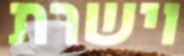
וישרת